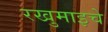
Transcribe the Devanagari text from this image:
रखुमाइचे